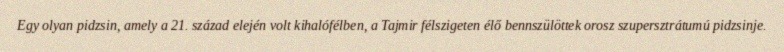
Egy olyan pidzsin, amely a 21. század elején volt kihalófélben, a Tajmir félszigeten élő bennszülöttek orosz szupersztrátumú pidzsinje.